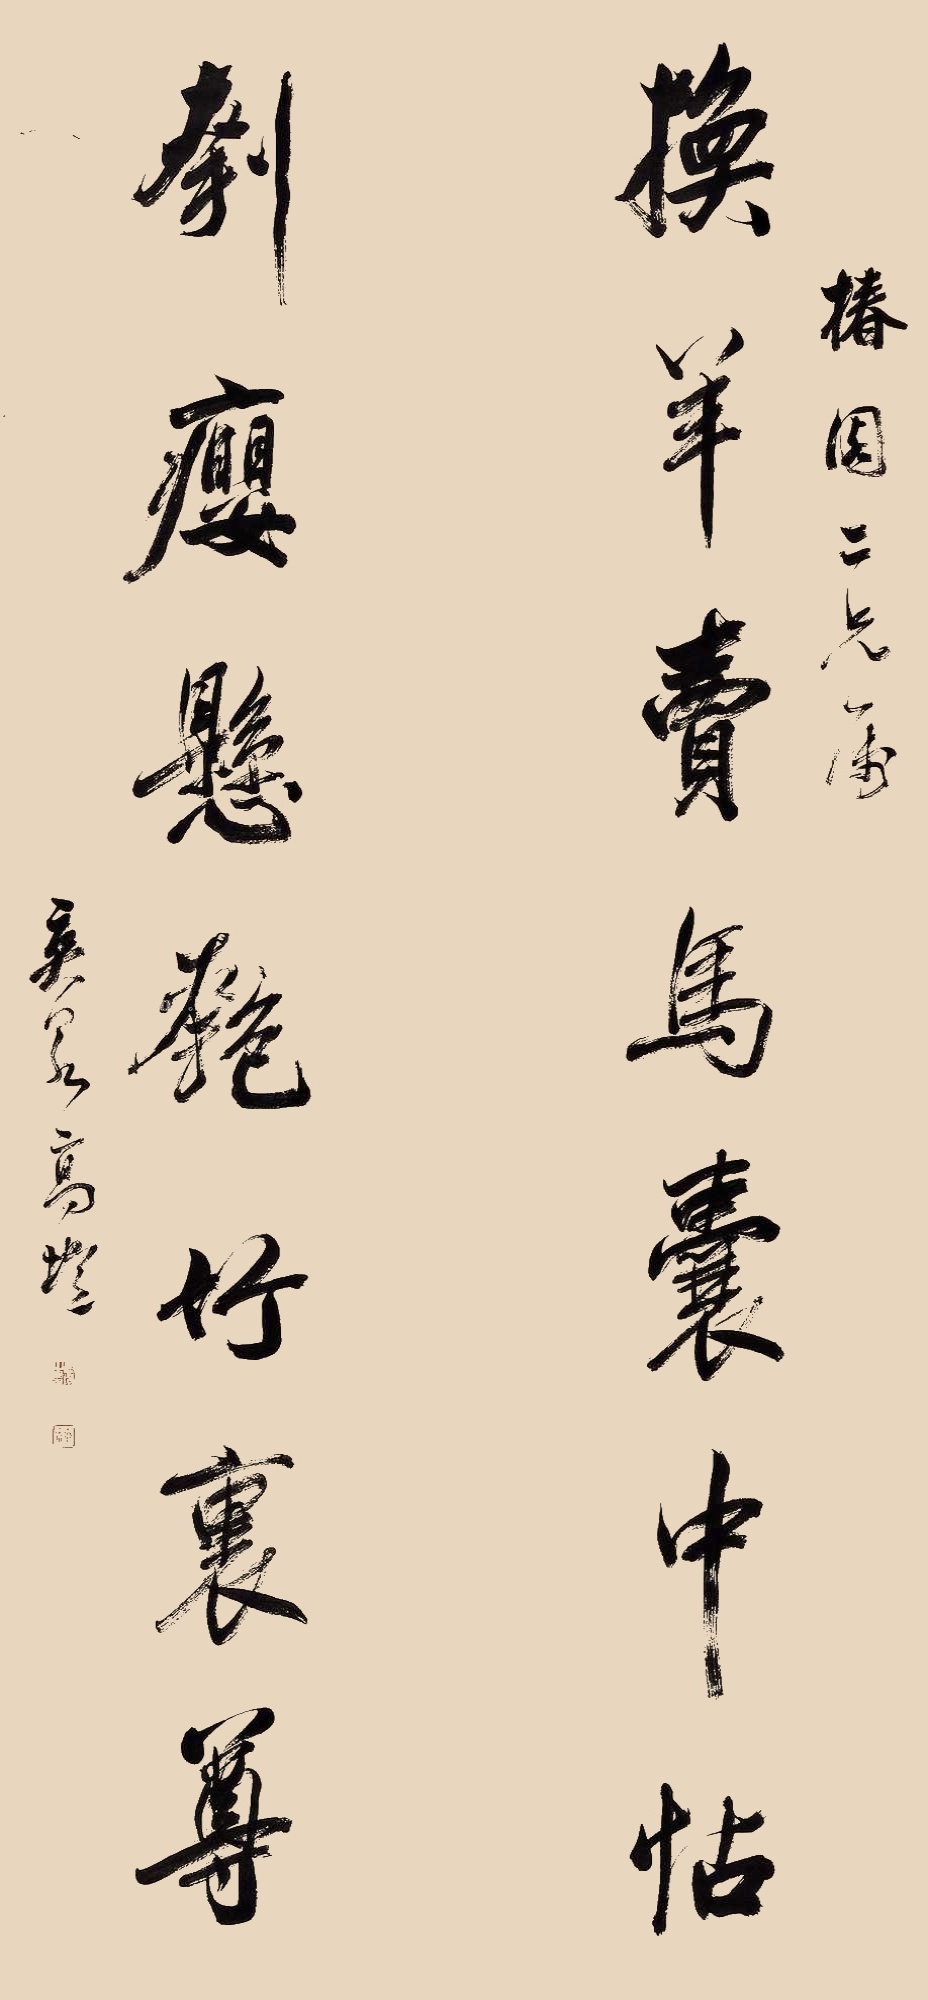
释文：换羊卖马囊中帖，刳瘿悬匏竹里尊。椿园仁兄属。爽泉高垲。